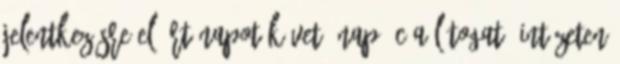
jelentkezésre előírt napot követő nap; c a látogató intézeten